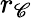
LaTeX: r_{\mathscr{C}}